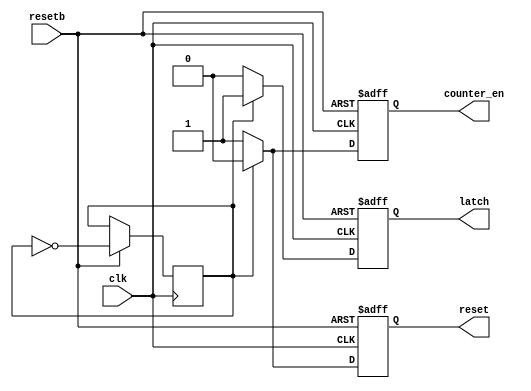
module control(
  resetb,
  clk,
  counter_en,
  reset,
  latch
);

input clk,resetb;
output counter_en,reset,latch;

reg state;
reg counter_en,reset,latch;

initial begin
  state<=0;
end

always @(posedge clk or negedge resetb) begin
	if(~resetb) begin
	 counter_en<=0;
	 reset<=1;
	 //01
	 latch<=0;
	end
	else begin
    if(!state) begin
      counter_en<=1;
      reset<=1;
      latch<=0;
    end
    else begin
      counter_en<=0;
      reset<=0;
      latch<=1;
    end
    state<=~state;
	end
 end
endmodule